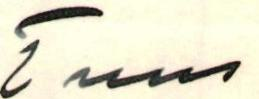
Tuus